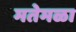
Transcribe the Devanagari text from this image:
मतेमळा